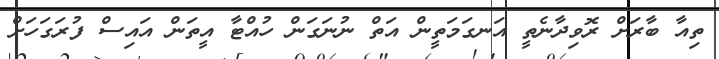
ތިއާ ބާރަށް ރޮވިދާނެތީ އަނގަމަތީން އަތް ނުނަގަން ހުއްޓާ އީތަން އައިސް ފުރަގަހަށް